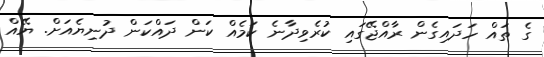
ގެ ތައް ހަދައިގެން ރާއްޖޭގައި ކުރެވިދާނެ ކަމެއް ކަން ދައްކަން ދުނިޔެއަށް. ޔޭއް